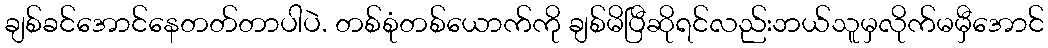
ချစ်ခင်အောင်နေတတ်တာပါပဲ. တစ်စုံတစ်ယောက်ကို ချစ်မိပြီဆိုရင်လည်းဘယ်သူမှလိုက်မမှီအောင်